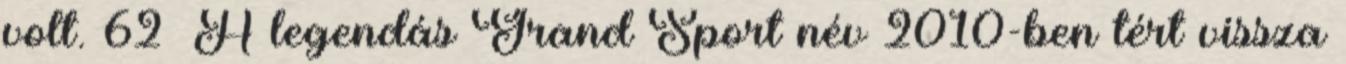
volt. 62 A legendás Grand Sport név 2010-ben tért vissza